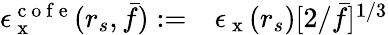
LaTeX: \begin{array}{rl}{\epsilon_{\mathrm{~x~}}^{\mathrm{~c~o~f~e~}}(r_{s},\bar{f}):=}&{{}\epsilon_{\mathrm{~x~}}(r_{s})[2/\bar{f}]^{1/3}}\end{array}